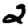
Digit: 2